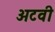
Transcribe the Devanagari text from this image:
अटवी